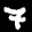
Label: 7